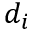
d _ { i }